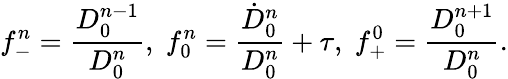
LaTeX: f_{-}^{n}=\frac{D_{0}^{n-1}}{D_{0}^{n}},\; f_{0}^{n}=\frac{\dot{D}_{0}^{n}}{D_{0}^{n}}+\tau,\; f_{+}^{0}=\frac{D_{0}^{n+1}}{D_{0}^{n}}.